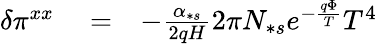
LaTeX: \begin{array}{rlr}{\delta\pi^{xx}}&{{}=}&{-\frac{\alpha_{\ast s}}{2qH}2\pi N_{\ast s}e^{-\frac{q\Phi}{T}}T^{4}}\end{array}